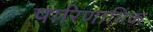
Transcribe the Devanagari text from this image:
पारिणामिक